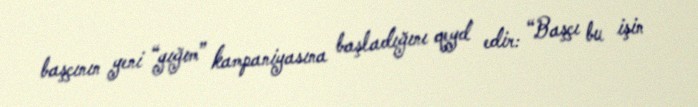
başçının yeni “yığım” kampaniyasına başladığını qeyd edir: “Başçı bu işin